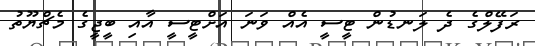
ރަފޭލްގެ ދެ ލަނޑުން ޓީސީ އެއް ވަނަ އަށްޓީސީ އާއި ބީޖީގެ މެޗްޔޫތު